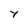
Character: Y